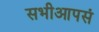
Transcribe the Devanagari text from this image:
सभीआपसं